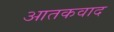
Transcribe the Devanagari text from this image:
आतकवाद